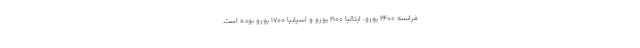
فرانسه ۲۴۰۰ یورو، ایتالیا ۲۱۰۰ یورو و اسپانیا ۱۷۰۰ یورو بوده است.